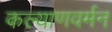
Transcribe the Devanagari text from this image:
कल्याणवर्मन